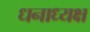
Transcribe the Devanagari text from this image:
धनाध्यक्ष